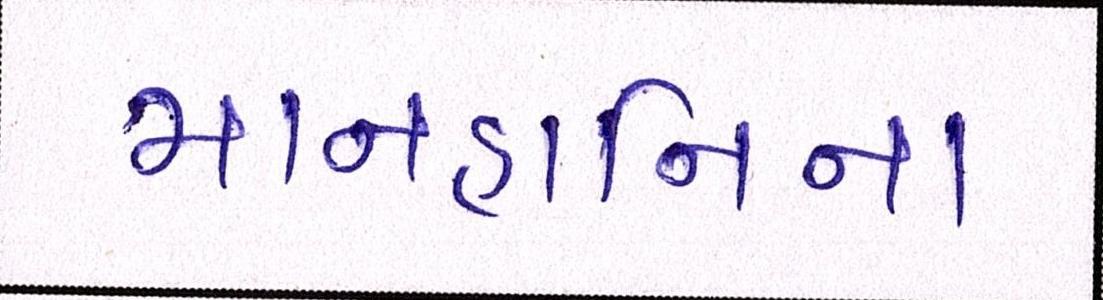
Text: માનહાનિના